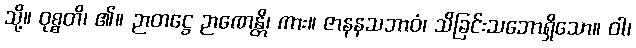
သို့။ ဝုစ္စတိ၊ ၏။ ဉာတဋ္ဌေ ဉာဏေန္တိ၊ ကား။ ဇာနနသဘာဝံ၊ သိခြင်းသဘောရှိသော။ ဝါ၊